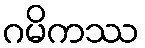
ဂမိကဿ